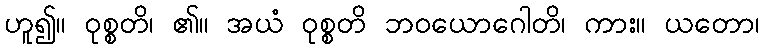
ဟူ၍။ ဝုစ္စတိ၊ ၏။ အယံ ဝုစ္စတိ ဘဝယောဂေါတိ၊ ကား။ ယတော၊